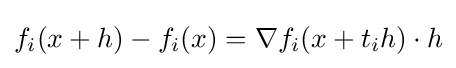
f_{i}(x+h)-f_{i}(x)=\nabla f_{i}(x+t_{i}h)\cdot h